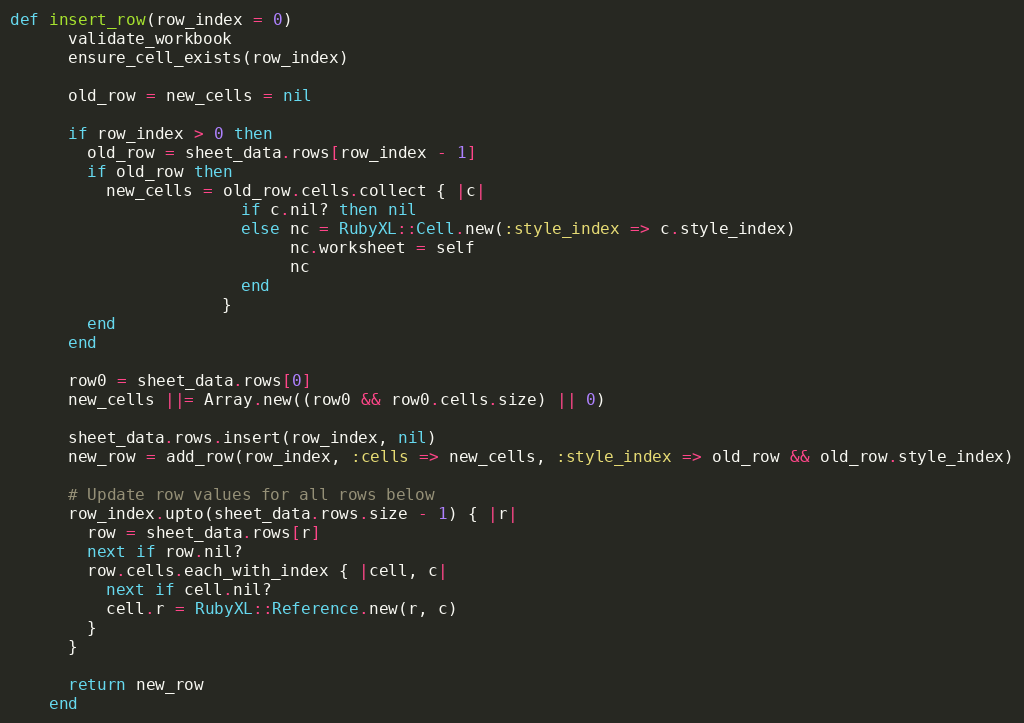
Language: Ruby
def insert_row(row_index = 0)
      validate_workbook
      ensure_cell_exists(row_index)

      old_row = new_cells = nil

      if row_index > 0 then
        old_row = sheet_data.rows[row_index - 1]
        if old_row then
          new_cells = old_row.cells.collect { |c|
                        if c.nil? then nil
                        else nc = RubyXL::Cell.new(:style_index => c.style_index)
                             nc.worksheet = self
                             nc
                        end
                      }
        end
      end

      row0 = sheet_data.rows[0]
      new_cells ||= Array.new((row0 && row0.cells.size) || 0)

      sheet_data.rows.insert(row_index, nil)
      new_row = add_row(row_index, :cells => new_cells, :style_index => old_row && old_row.style_index)

      # Update row values for all rows below
      row_index.upto(sheet_data.rows.size - 1) { |r|
        row = sheet_data.rows[r]
        next if row.nil?
        row.cells.each_with_index { |cell, c|
          next if cell.nil?
          cell.r = RubyXL::Reference.new(r, c)
        }
      }

      return new_row
    end